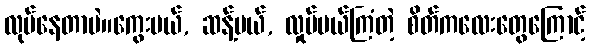
လုပ်နေတာပဲ။ကွေးမယ်, ဆန့်မယ်, လှုပ်မယ်ကြံတဲ့ စိတ်ကလေးတွေကြောင့်